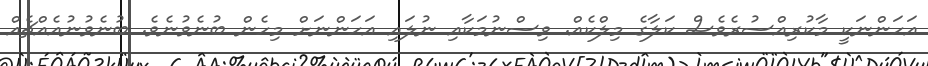
އަހަންނަކީ މާކުރިއްސުރެވެސް ކަލާގެ މިލްކެއް. ވިސްނުމަކާއި ނުލައި އަހަންނަށް މިހެން ބުނެވުނެވެ. ބުނެވުނުއެއްޗެއް